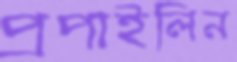
প্রপাইলিন